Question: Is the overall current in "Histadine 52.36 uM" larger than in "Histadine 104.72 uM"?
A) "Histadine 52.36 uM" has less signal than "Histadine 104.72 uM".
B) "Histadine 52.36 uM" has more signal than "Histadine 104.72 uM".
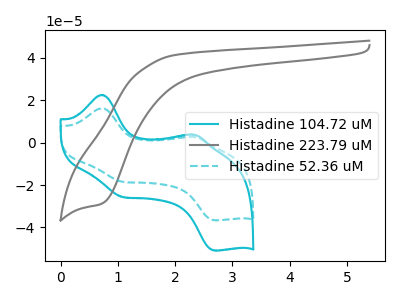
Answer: <think>The cyan curve "Histadine 104.72 uM" has anodic peaks at (0.70V, 22.50uA) (2.35V, 3.75uA) and cathodic peaks at (1.10V, -25.60uA) (2.70V, -50.95uA). The gray curve "Histadine 223.79 uM" has a cathodic peak at: (0.70V, -28.85uA). The cyan dashed curve "Histadine 52.36 uM" has anodic peaks at (0.70V, 16.20uA) (2.35V, 2.70uA) and cathodic peaks at (1.10V, -18.45uA) (2.70V, -36.65uA).
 All the peaks in "Histadine 52.36 uM" have a peak in "Histadine 104.72 uM" at the same potential. Every peak in "Histadine 52.36 uM" is lower than every peak in "Histadine 104.72 uM".</think>
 <answer>A) "Histadine 52.36 uM" has less signal than "Histadine 104.72 uM".</answer>
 <eval>A</eval>